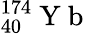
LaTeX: _{40}^{174}\mathrm{~Y~b~}